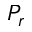
P _ { r }